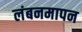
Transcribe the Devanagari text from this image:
लंबनमापन